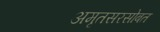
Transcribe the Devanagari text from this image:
अमृतसरसोबत